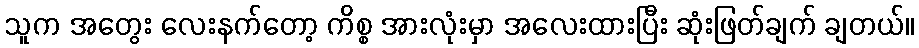
သူက အတွေး လေးနက်တော့ ကိစ္စ အားလုံးမှာ အလေးထားပြီး ဆုံးဖြတ်ချက် ချတယ်။